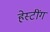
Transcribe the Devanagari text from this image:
हेस्टींग